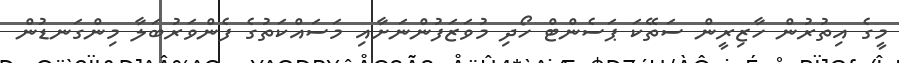
މީގެ އިތުރުން ހާޒިރީން ސަތޭކަ ޕަސެންޓް ހޯދި މުވަޒަފުންނަށާއި މަސައްކަތުގެ ފެންވަރުބަލާ މިންގަނޑުން